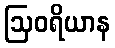
ဩဝရိယာန